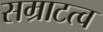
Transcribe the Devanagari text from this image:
सम्राटत्व